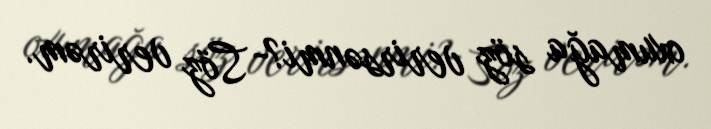
oxumağa söz verirsənmi?- Söz verirəm.